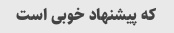
که پیشنهاد خوبی است